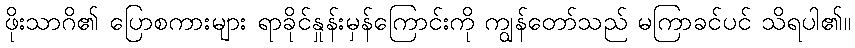
ဖိုးသာဂိ၏ ပြောစကားများ ရာခိုင်နှုန်းမှန်ကြောင်းကို ကျွန်တော်သည် မကြာခင်ပင် သိရပါ၏။